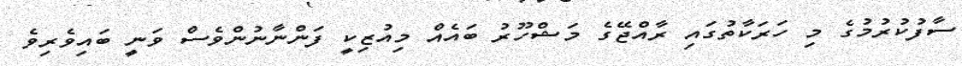
ސާފުކުރުމުގެ މި ހަރަކާތުގައި ރާއްޖޭގެ މަޝްހޫރު ބައެއް މިއުޒިކީ ފަންނާނުންވެސް ވަނީ ބައިވެރިވެ